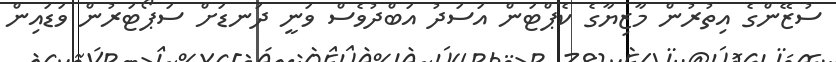
ސުޒޭންގެ އިތުރުން މާޒިޔާގެ ކެޕްޓަން އަސަދު އަބްދުވެސް ވަނީ ދަނޑަށް ސަޕޯޓަރުން ވަޑައިން